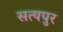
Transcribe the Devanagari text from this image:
सत्यपुर